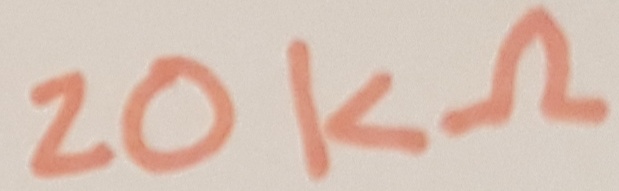
Text: 20KΩ